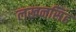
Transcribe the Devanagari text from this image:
लखनसिंह